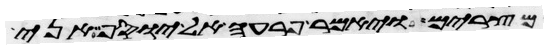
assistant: מצרים ויאמר פרעה אל יוסף אני